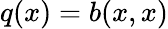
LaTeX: q(x)=b(x,x)